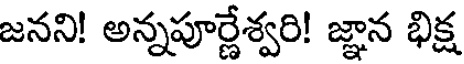
జనని! అన్నపూర్ణేశ్వరి! జ్ఞాన భిక్ష